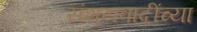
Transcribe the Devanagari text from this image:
संशयवादींच्या